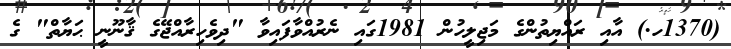
(1370ހ.) އާއި ރައްޔިތުންގެ މަޖިލީހުން 1981ގައި ނެރުއްވާފައިވާ "ދިވެހިރާއްޖޭގެ ޤާނޫނީ ޙަޔާތް" ގެ